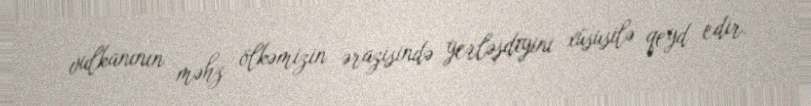
vulkanının məhz ölkəmizin ərazisində yerləşdiyini xüsusilə qeyd edir.